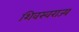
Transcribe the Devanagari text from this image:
शिवस्वराज्य